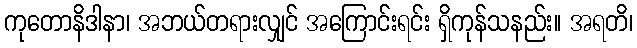
ကုတောနိဒါနာ၊ အဘယ်တရားလျှင် အကြောင်းရင်း ရှိကုန်သနည်း။ အရတိ၊